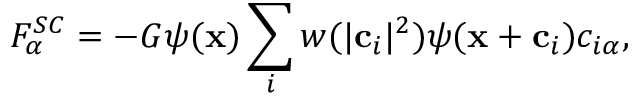
F _ { \alpha } ^ { S C } = - G \psi ( \mathbf { x } ) \sum _ { i } w ( | \mathbf { c } _ { i } | ^ { 2 } ) \psi ( \mathbf { x } + \mathbf { c } _ { i } ) c _ { i \alpha } ,